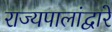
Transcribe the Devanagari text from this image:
राज्यपालांद्वारे